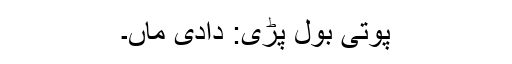
پوتی بول پڑی: دادی ماں۔